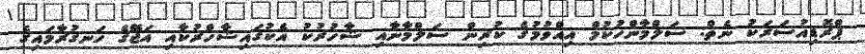
ޕްރޮޑިއުސަރަކު ނެތް: ސަލްމާންހުކުމް އިއްވުމުގެ ކުރިން ސަލްމާނާއި ޝާހުރުކު އެކުގައިޝާހްރުކާއި އަޖޭގެ ހަނގުރާމައިގެ